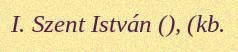
I. Szent István (), (kb.